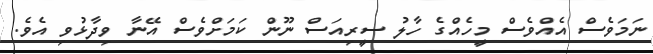
ނަމަވެސް އެއްވެސް މީހެއްގެ ހާލު ސީރިއަސް ނޫން ކަމަށްވެސް އޭނާ ވިދާޅުވި އެވެ.